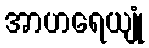
အာဟရေယျုံ